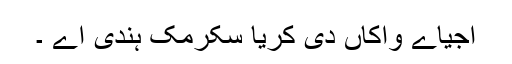
اجیاے واکاں دی کریا سکرمک ہندی اے ۔